Report on lock hospitals in British Burma
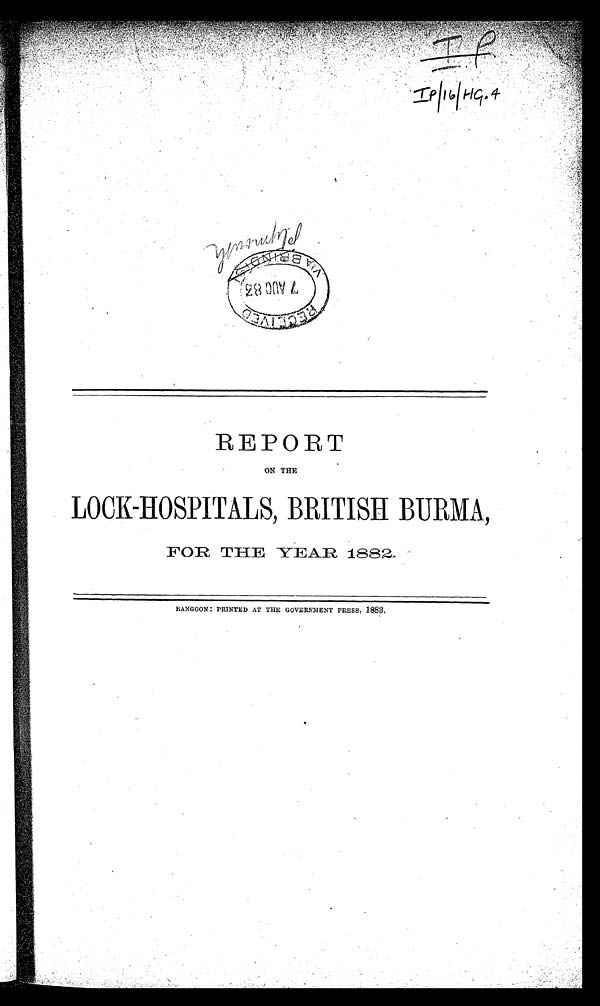
REPORT
ON THE
LOOK-HOSPITALS BRITISH BURMA,
FOR THE YEAR 1882.
RANGOON : PRINTED AT THE GOVERNMENT PRESS, 1883.